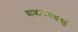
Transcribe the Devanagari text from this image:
वाक्प्राणश्चक्षुः